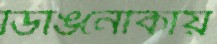
ডিঙিনৌকায়